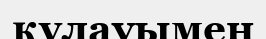
құлауымен